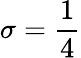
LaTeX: \sigma=\frac{1}{4}